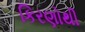
કિરણોથી